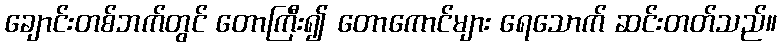
ချောင်းတစ်ဘက်တွင် တောကြီး၍ တောကောင်များ ရေသောက် ဆင်းတတ်သည်။